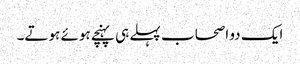
ایک دو اصحاب پہلے ہی پہنچے ہوئے ہوتے۔